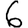
Digit: 6